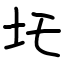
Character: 圫